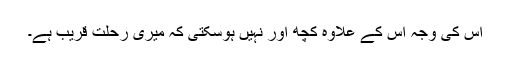
اس کی وجہ اس کے علاوہ کچھ اور نہیں ہوسکتی کہ میری رحلت قریب ہے۔